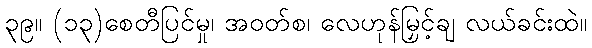
၃၉။ (၁၃)စေတီပြင်မှု၊ အဝတ်စ၊ လေဟုန်မြှင့်ချ လယ်ခင်းထဲ။